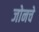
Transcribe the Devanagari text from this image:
जोनचे